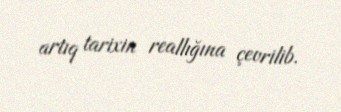
artıq tarixin reallığına çevrilib.